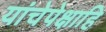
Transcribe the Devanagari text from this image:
यांचेपेक्षाहि